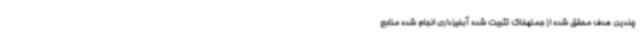
چندین هدف محقق شده از جملهخاک تثبیت شده آبخیزداری انجام شده منابع